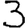
Digit: 3